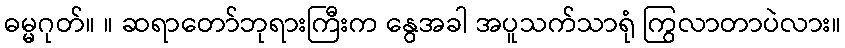
ဓမ္မဂုတ်။ ။ ဆရာတော်ဘုရားကြီးက နွေအခါ အပူသက်သာရုံ ကြွလာတာပဲလား။